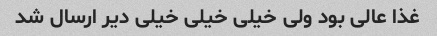
غذا عالی بود ولی خیلی خیلی خیلی دیر ارسال شد